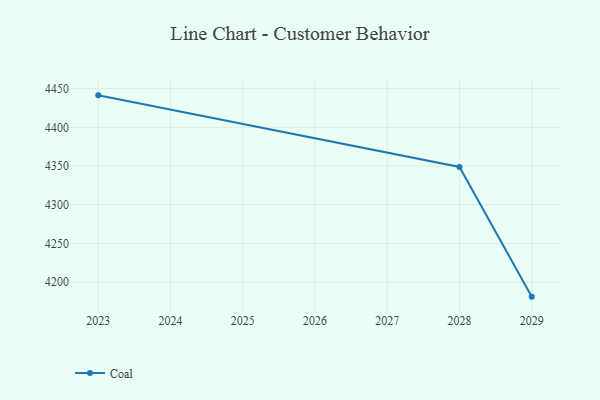
{"axis": {"x": "Year", "y": "Active Users"}, "legend": ["Coal"], "data": [{"x": "2023", "y": 4441.3, "type": "Coal"}, {"x": "2028", "y": 4348.7, "type": "Coal"}, {"x": "2029", "y": 4181.1, "type": "Coal"}]}